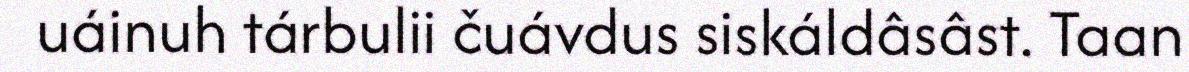
uáinuh tárbulii čuávdus siskáldâsâst. Taan